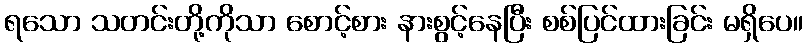
ရသော သတင်းတို့ကိုသာ စောင့်စား နားစွင့်နေပြီး စစ်ပြင်ထားခြင်း မရှိပေ။